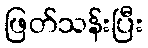
ဖြတ်သန်းပြီး